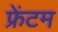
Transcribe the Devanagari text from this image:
फ्रेंटम